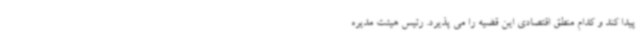
پیدا کند و کدام منطق اقتصادی این قضیه را می پذیرد. رئیس هیئت مدیره